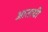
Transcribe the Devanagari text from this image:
आतायी